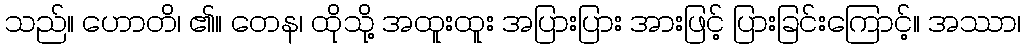
သည်။ ဟောတိ၊ ၏။ တေန၊ ထိုသို့ အထူးထူး အပြားပြား အားဖြင့် ပြားခြင်းကြောင့်။ အဿာ၊